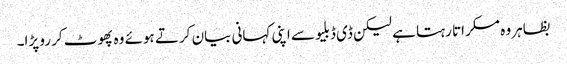
بظاہر وہ مسکراتا رہتا ہے لیکن ڈی ڈبلیو سے اپنی کہانی بیان کرتے ہوئے وہ پھوٹ کر رو پڑا۔